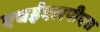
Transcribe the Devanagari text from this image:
एचईएलपीएस